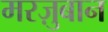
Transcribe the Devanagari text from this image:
मरज़ुबान